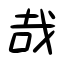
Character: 哉